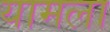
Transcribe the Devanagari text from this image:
यामला